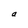
Character: a